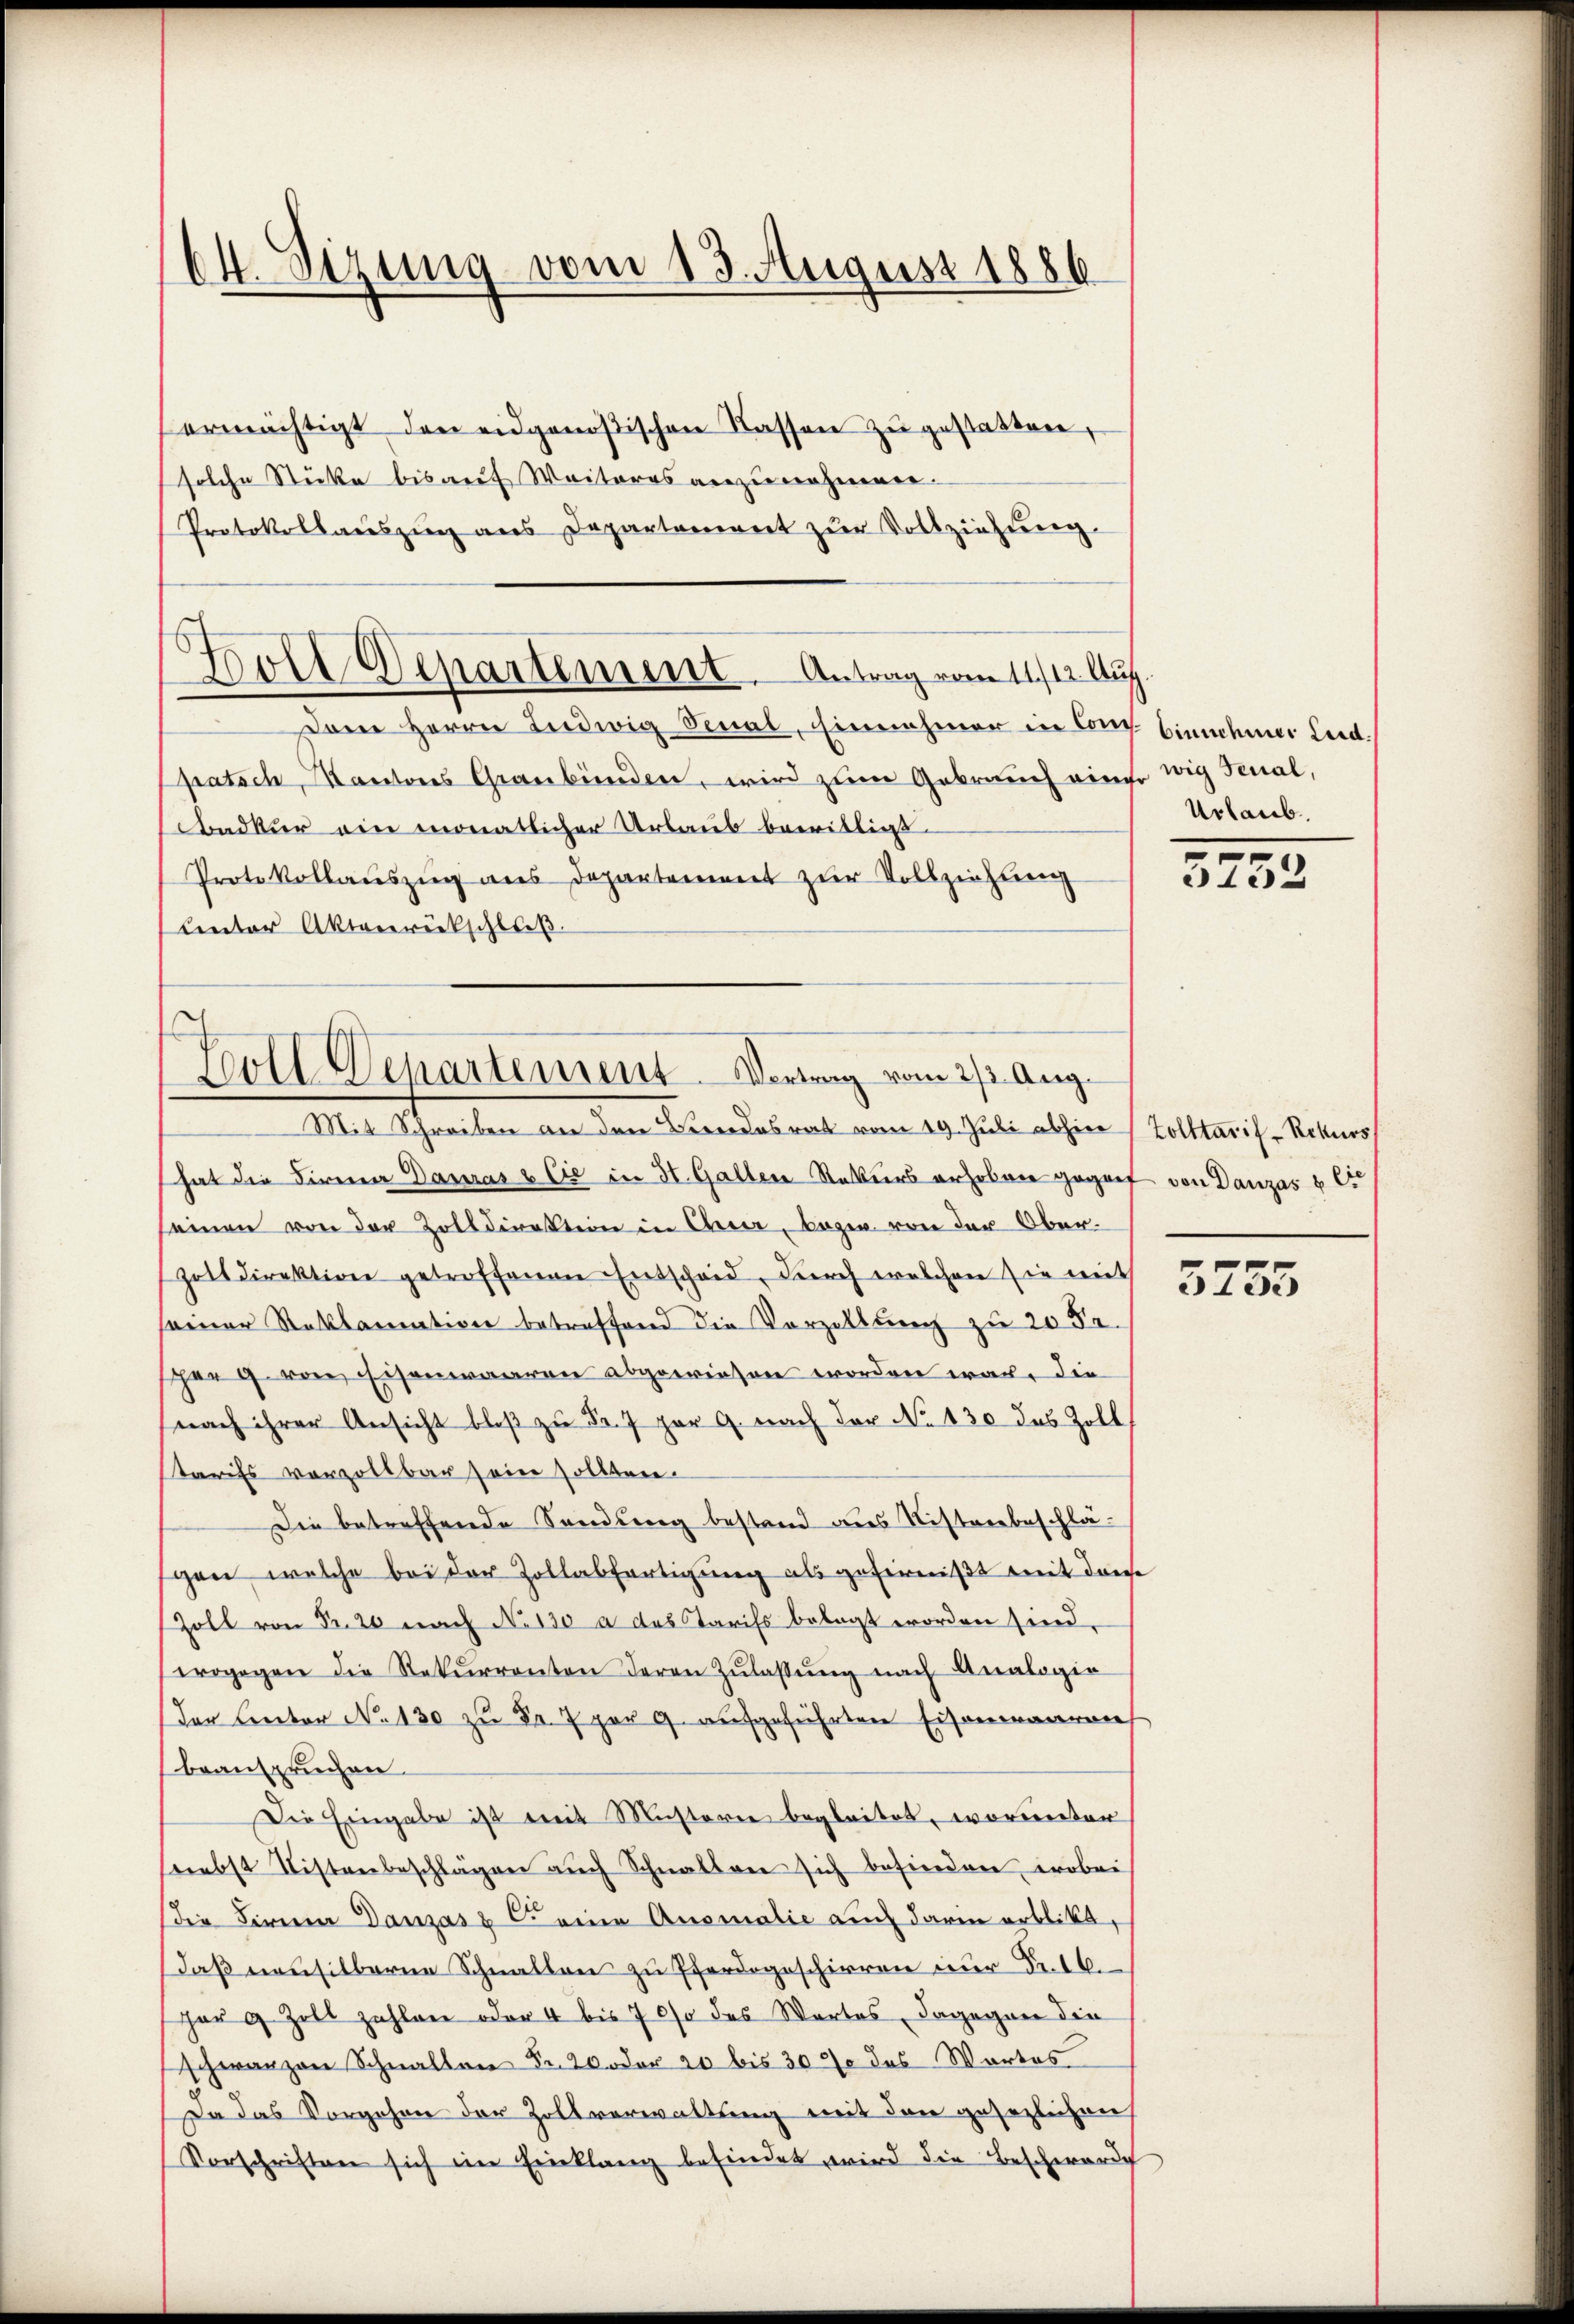
64. Sizung vom 13. August 1886

ermächtigt den eidgenößischen Kassen zŭ gestatten,
solche Stücke bis auf Weiteres anzunehmen.
Protokollauszug aus Departement zŭr Vollziehung
Dann Herrn Ludwig Venal, Einnahmer in Cong. binnehmer Leid.
Spatsch, Kantons Graubünden, wird zum Gebrauch einer wig Fenal,
badkur ein monatlicher Urlaus bewilligt.
Protokollauszug aus Departement zur Vollziehung
linter Aktenrückschluß.

Boll Departement. Antrag vom 11./12. Aug.

Zoll Departement Vortrag vom 2/3. Aug.
Mit Schrecken an den Standesrat vom 19. Juli abhin (Zolltaris, Rekurs

hat die Firma Dauras & Cie in St. Gallen Rekurs erhoben gegenf von Danzas & Cie
seinen von der Zolldirektion in Churer, bezw. von der Oberholt direktion getroffenen Entscheid, durch welchen sie mit
seiner Reklamation betreffend die Vorzellung zu 205.
sperg von Eisenwaaren abgewiesen worden war, die
(nach ihrer Ansicht bloβ zŭ Fr. 7 par 9. nach der No 130 des Zoll
tarifs vorzollbar seien sollten.
Die betreffende Sandung bestand des Ristverbeschlägen, welche bei der Zollabfertigung als gefermißt mit dreie
Zoll von Fr. 20 nach No. 130 a das Tarifs belegt worden sind.
wogegen die Rekŭrrenten deren Zŭlassŭng nach Analogie
der Lentor No. 130 zu Fr. 7 par 9. aufgeführten Eisenwaaren
beanspruchen.
Die Eingabe ist mit Musterne begleitet, worunter
snebst Listenbeschlägen aŭch Schnallen sich befinden, wobei
die Firma Danzász C. eine Ausmalie auch darin erblickt,
daß neusilberne Schnallen zu Pferdogeschirren nur Fr. 16.
hor 9 Zoll zahlen oder 4 bis 700 des Wortes, dagegen die
schwarzen Schnallen Fr. 20 oder 20 bis 30% des Wortes
Da das Vorgehen der Zollverwaltung mit den gesezlichen
Vorschriften sich im Einklang befindet wird die Beschwerde

Urlaub.

5752

3755